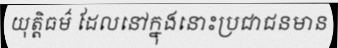
យុត្តិធម៌ ដែលនៅក្នុងនោះប្រជាជនមាន